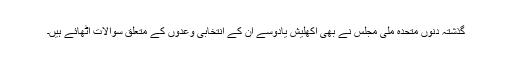
گذشتہ دنوں متحدہ ملی مجلس نے بھی اکھلیش یادوسے ان کے انتخابی وعدوں کے متعلق سوالات اٹھائے ہیں۔